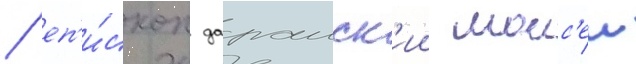
/ еп'и́скоп дараиск'ии моис'еи